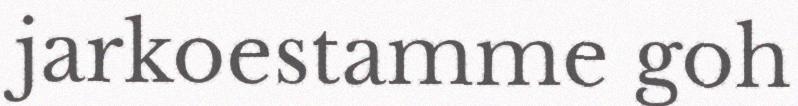
jarkoestamme goh